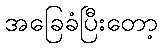
အခြေခံပြီးတော့